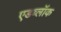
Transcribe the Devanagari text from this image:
एडब्लॉक